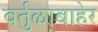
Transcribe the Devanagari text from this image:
वर्तुळाबाहेर